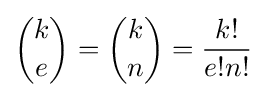
{\binom {k}{e}}={\binom {k}{n}}={\frac {k!}{e!n!}}